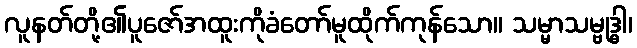
လူနတ်တို့၏ပူဇော်အထူးကိုခံတော်မူထိုက်ကုန်သော။ သမ္မာသမ္ဗုဒ္ဓါ၊